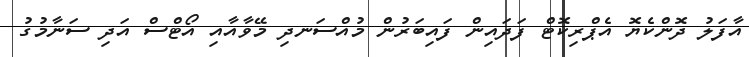
އާފަލު ދޮންކެޔޮ އެޕްރިކޮޓް ފަދައިން ފައިބަރުން މުއްސަނދި މޭވާއާއި އޯޓްސް އަދި ސަނާމުގު